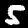
Digit: 5